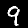
Digit: 9